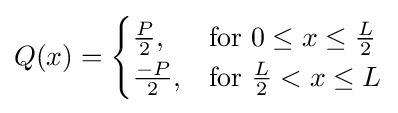
Q(x)={\begin{cases}{\frac {P}{2}},&{\mbox{for }}0\leq x\leq {\tfrac {L}{2}}\\{\frac {-P}{2}},&{\mbox{for }}{\tfrac {L}{2}}<x\leq L\end{cases}}